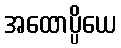
အထောပ္ပိယေ